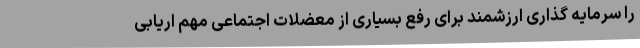
را سرمایه گذاری ارزشمند برای رفع بسیاری از معضلات اجتماعی مهم اریابی